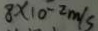
8 \times 1 0 ^ { - 2 } m / s